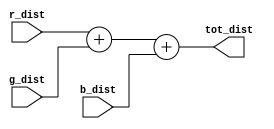
module adder(r_dist,
			 g_dist,
			 b_dist,
			 tot_dist);

//--------------------input------------------//
input [15:0]r_dist,g_dist,b_dist;
//--------------------output-----------------//
output [17:0]tot_dist;
//-----------------reg and wire--------------//

assign tot_dist=r_dist+g_dist+b_dist;

endmodule